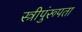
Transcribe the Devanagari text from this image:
स्त्रीपुंरूपता